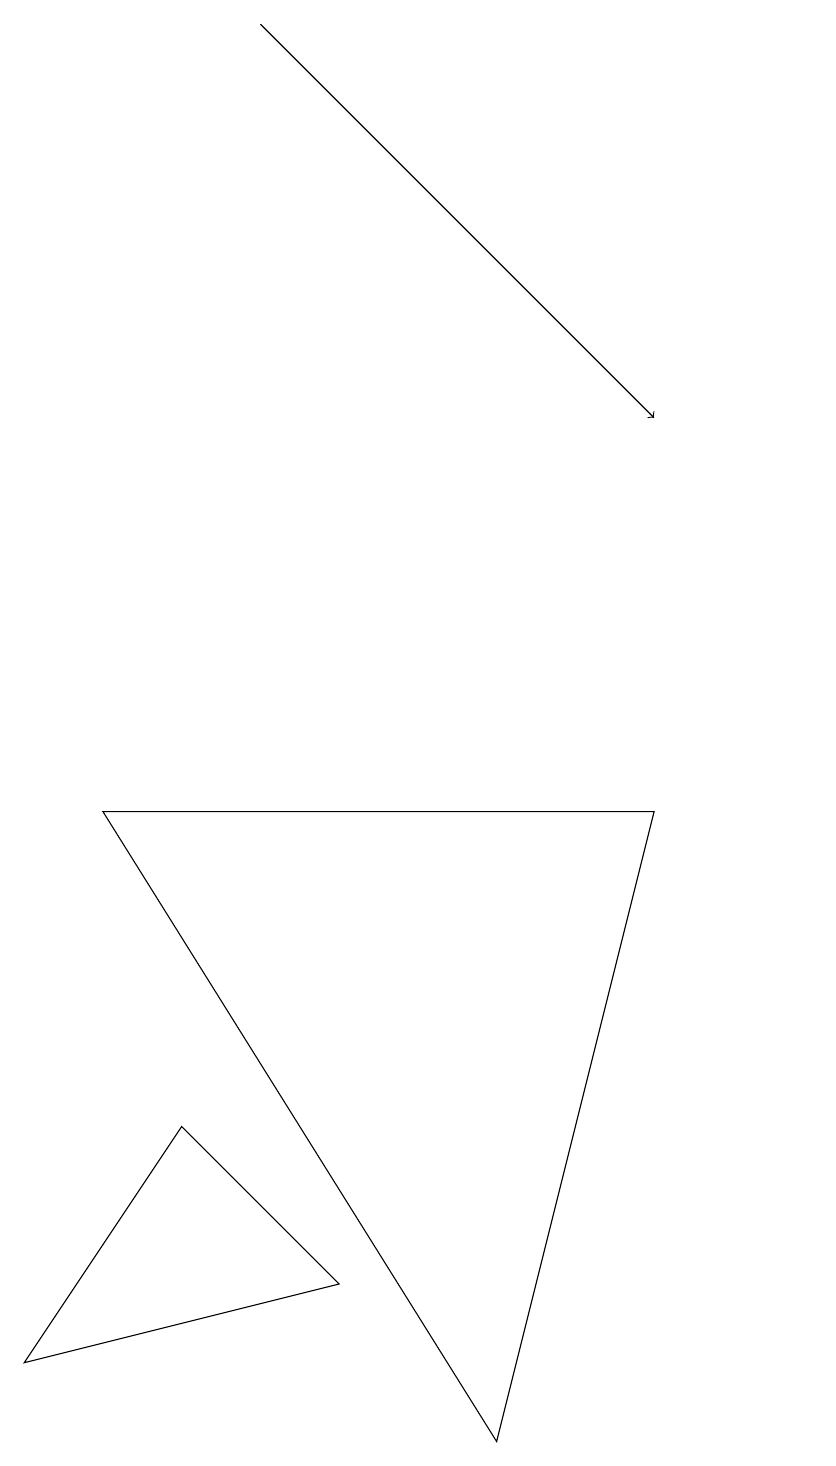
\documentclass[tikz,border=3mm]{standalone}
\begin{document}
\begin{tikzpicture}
\draw[->] (3,19) -- (8,14);
\draw (10,11) circle (0);
\draw (2,5) -- (4,3) -- (0,2) -- cycle;
\draw (6,1) -- (1,9) -- (8,9) -- cycle;
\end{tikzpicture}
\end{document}